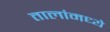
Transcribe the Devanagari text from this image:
तालांमध्ये